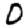
Digit: 0